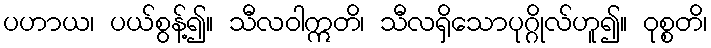
ပဟာယ၊ ပယ်စွန့်၍။ သီလဝါဣတိ၊ သီလရှိသောပုဂ္ဂိုလ်ဟူ၍။ ဝုစ္စတိ၊